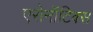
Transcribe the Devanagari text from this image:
एरोनॉटिक्‍स